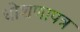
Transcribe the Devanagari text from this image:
धोशणापत्र